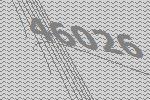
46026